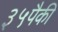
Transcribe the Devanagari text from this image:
३५पैकी